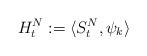
LaTeX: \begin{align*}H_t^N:= \langle S_t^N, \psi_k \rangle\end{align*}